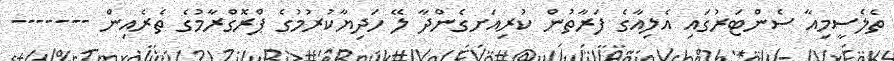
ތެލެސީމިއާ ސެންޓަރުގައި އެލިއާގެ ފަރާތުން ކުރިއަށގެންްދާ ލޭ ހަދިޔާކުރުމުގެ ޕްރޮގްރާމުގެ ތެރެއިން -------